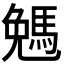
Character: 𠓄